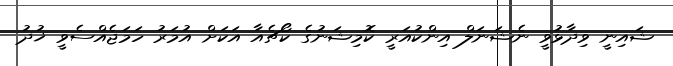
ޝައިނީ ވިދާޅުވީ ނެޝަނަލް އިންކުއަރީ ކޮމިޝަނުގެ ކޯޗެއާ އަކަށް އުމަރު ހަމަޖެއްސެވީ ޚުދު